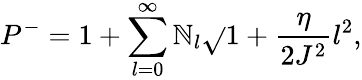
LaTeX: P^{-}=1+\sum_{l=0}^{\infty}\mathbb{N}_{l}\sqrt{}{{1+\frac{{\eta}}{{2J^{2}}}l^{2}}},